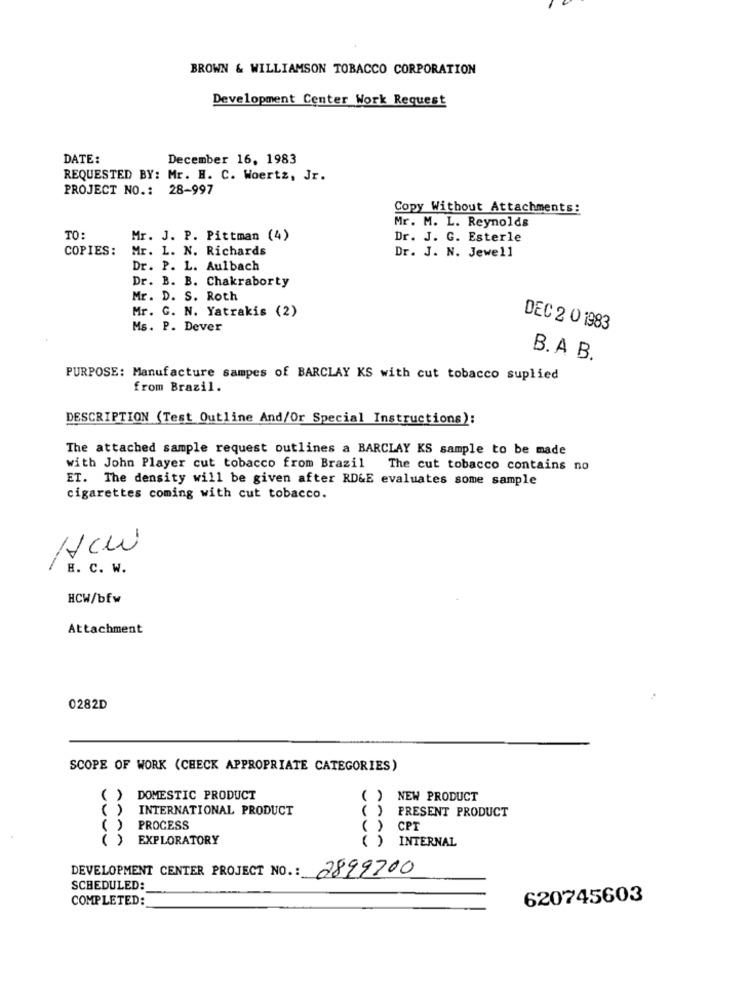
BROWN & WILLIAMSON TOBACCO CORPORATION
Development Center Work Request
DATE:
December 16, 1983
REQUESTED BY: Mr. H. C. Woertz, Jr.
PROJECT NO .: 28-997
Copy Without Attachments:
Mr. M. L. Reynolds
TO:
Mr. J. P. Pittman (4)
Dr. J. G. Esterle
COPIES:
Mr. L. N. Richards
Dr. J. N. Jewell
Dr. P. L. Aulbach
Dr. B. B. Chakraborty
Mr. D. S. Roth
Mr. C. N. Yatrakis (2)
Ms. P. Dever
DEC 2 0 1983
B. A B.
PURPOSE: Manufacture sampes of BARCLAY KS with cut tobacco suplied
from Brazil.
DESCRIPTION (Test Outline And/Or Special Instructions):
The attached sample request outlines a BARCLAY KS sample to be made
with John Player cut tobacco from Brazil The cut tobacco contains no
ET. The density will be given after RD&E evaluates some sample
cigarettes coming with cut tobacco.
H. C. W.
-
HCW/bfw
Attachment
0282D
SCOPE OF WORK (CHECK APPROPRIATE CATEGORIES)
( )
DOMESTIC PRODUCT
( ) NEW PRODUCT
( )
INTERNATIONAL PRODUCT
( ) PRESENT PRODUCT
( ) PROCESS
CPT
( ) EXPLORATORY
() INTERNAL
DEVELOPMENT CENTER PROJECT NO .: 2899700
SCHEDULED:
COMPLETED:
620745603